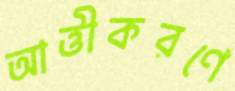
আত্তীকরণে